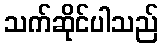
သက်ဆိုင်ပါသည်